Annual report on the Civil Veterinary Department, Burma (including the Insein Veterinary School) - 1923-1931
Year: 1923
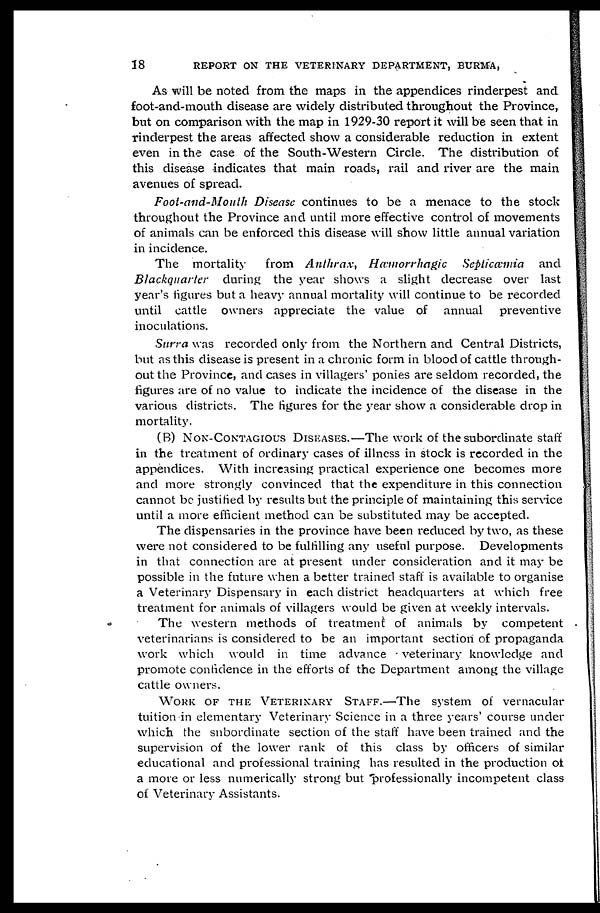
18
REPORT ON THE VETERINARY DEPARTMENT, BURMA,
As will be noted from the maps in the appendices rinderpest and
foot-and-mouth disease are widely distributed throughout the Province,
but on comparison with the map in 1929-30 report it will be seen that in
rinderpest the areas affected show a considerable reduction in extent
even in the case of the South-Western Circle. The distribution of
this disease indicates that main roads, rail and river are the main
avenues of spread.
Foot-and-Mouth Disease continues to be a menace to the stock
throughout the Province and until more effective control of movements
of animals can be enforced this disease will show little annual variation
in incidence.
The mortality
from Anthrax,
Hæmorrhagic
Septicæmia
and
Blackquarter
during the year shows a slight decrease over last
year's figures but a heavy annual mortality will continue to be recorded
until cattle owners appreciate the value of
annual
preventive
inoculations.
Surra was recorded only from the Northern and Central Districts,
but as this disease is present in a chronic form in blood of cattle through-
out the Province, and cases in villagers' ponies are seldom recorded, the
figures are of no value to indicate the incidence of the disease in the
various districts. The figures for the year show a considerable drop in
mortality.
(B) NON-CONTAGIOUS DISEASES.—The work of the subordinate staff
in the treatment of ordinary cases of illness in stock is recorded in the
appendices. With increasing practical experience one becomes more
and more strongly convinced that the expenditure in this connection
cannot be justified by results but the principle of maintaining this service
until a more efficient method can be substituted may be accepted.
The dispensaries in the province have been reduced by two, as these
were not considered to be fulfilling any useful purpose.
Developments
in that connection are at present under consideration and it may be
possible in the future when a better trained staff is available to organise
a Veterinary Dispensary in each district headquarters at which free
treatment for animals of villagers would be given at weekly intervals.
The western methods of treatment of animals by competent
veterinarians is considered to be an important section of propaganda
work which would in time advance
veterinary knowledge and
promote confidence in the efforts of the Department among the village
cattle owners.
WORK OF THE VETERINARY STAFF.—The system of vernacular
tuition in elementary Veterinary Science in a three years' course under
which the subordinate section of the staff have been trained and the
supervision of the lower rank of this class by officers of similar
educational and professional training has resulted in the production of
a more or less numerically strong but professionally incompetent class
of Veterinary Assistants.